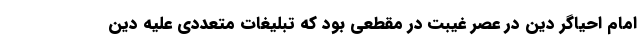
امام احیاگر دین در عصر غیبت در مقطعی بود که تبلیغات متعددی علیه دین